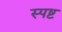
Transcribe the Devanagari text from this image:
स्‍पष्ट